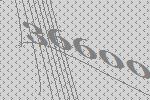
36600